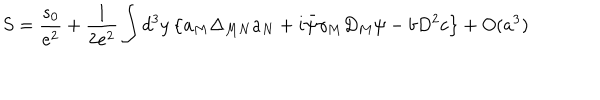
LaTeX: S = \frac { s _ { 0 } } { e ^ { 2 } } + \frac { 1 } { 2 e ^ { 2 } } \int d ^ { 3 } y \left\{ a _ { M } \Delta _ { M N } a _ { N } + i \bar { \psi } \gamma _ { M } D _ { M } \psi - b D ^ { 2 } c \right\} + O ( a ^ { 3 } )